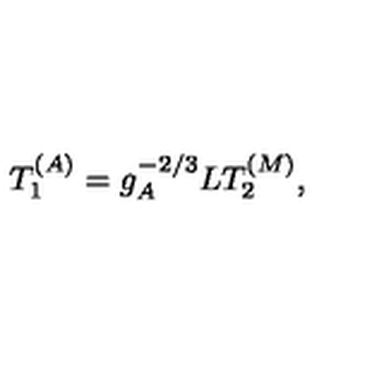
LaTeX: T _ { 1 } ^ { ( A ) } = g _ { A } ^ { - 2 / 3 } L T _ { 2 } ^ { ( M ) } ,